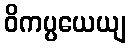
ဝိကပ္ပယေယျ